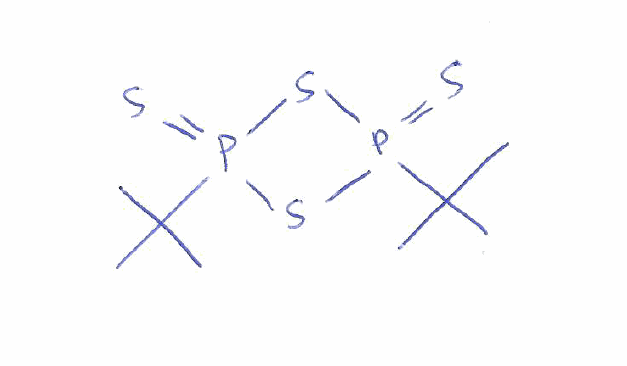
Simplified molecular-input line-entry system (SMILES) notation of the given molecule:
CC(C)(C)P1(=S)SP(=S)(S1)C(C)(C)C